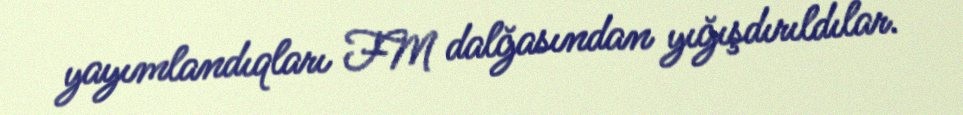
yayımlandıqları FM dalğasından yığışdırıldılar.